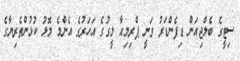
ސިޓީގެ ބެލްޖިއަން ޑިފެންޑަރު ވަނީ ޕްރިމިއާ ލީގުގެ އަހަރުގެ އެންމެ މޮޅު ކުޅުންތެރިޔާގެ